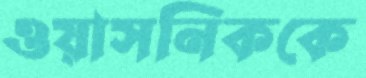
ওয়াসনিককে